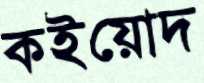
কইয়োদ